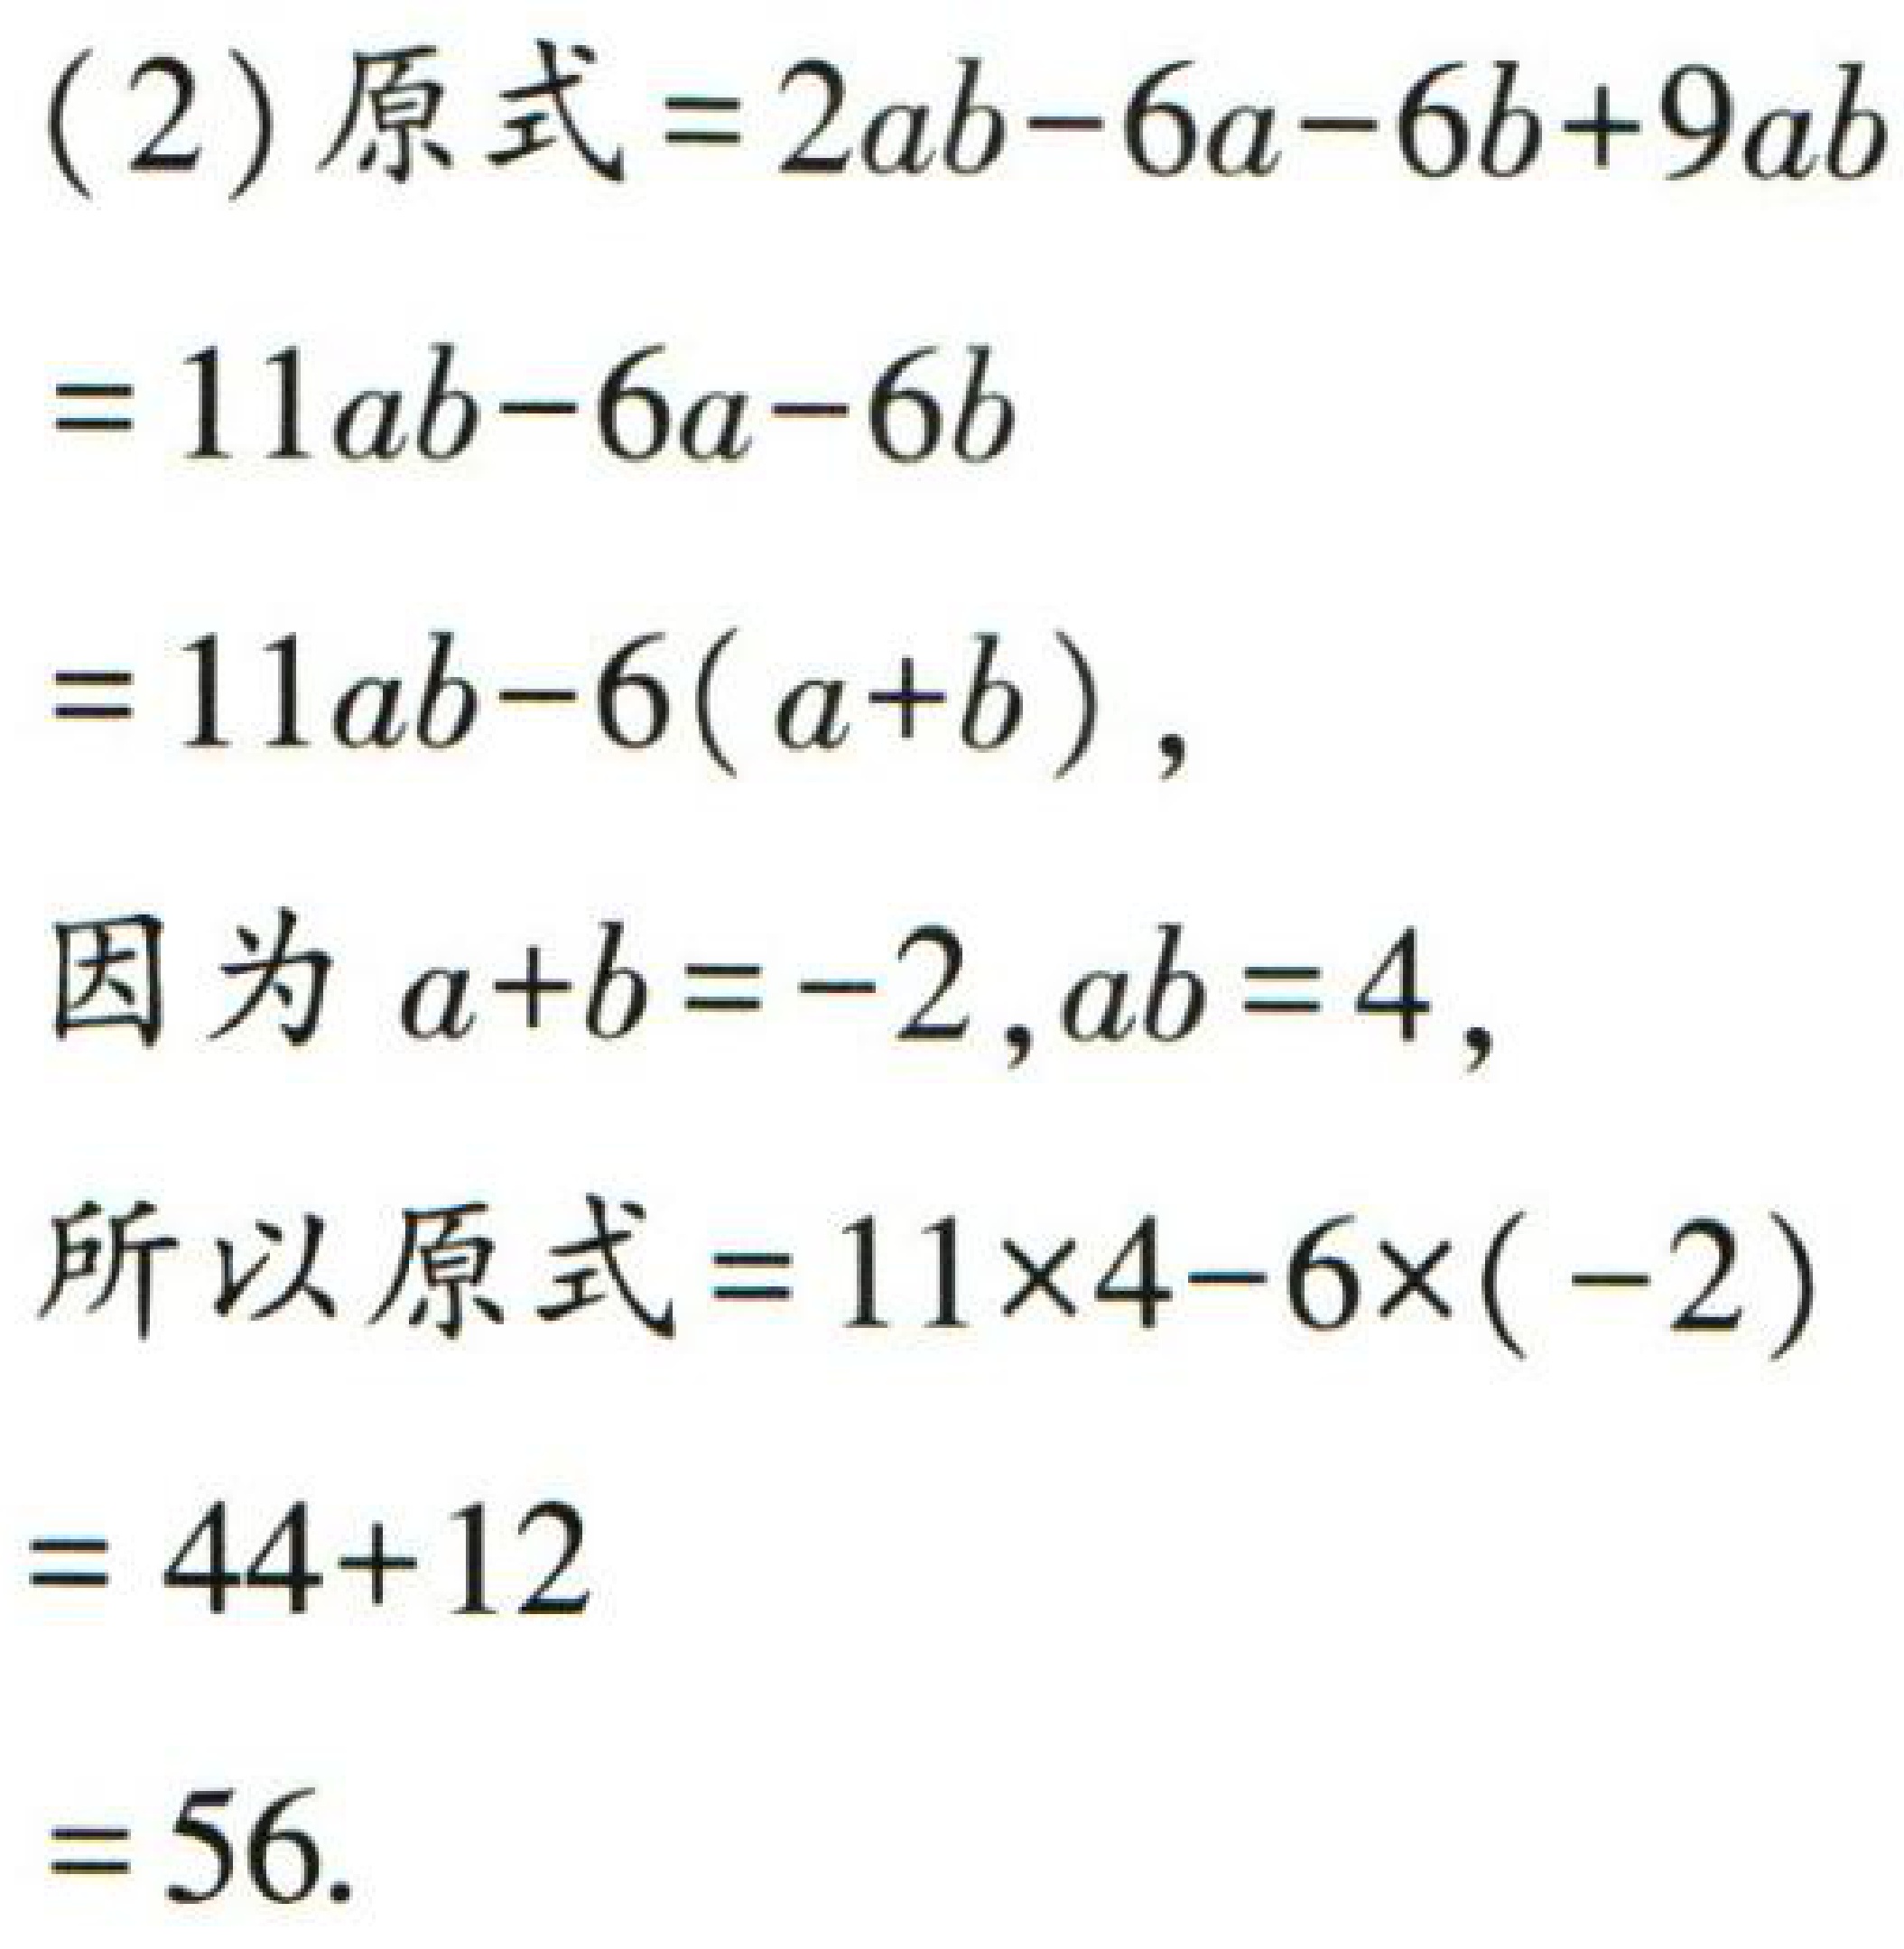
(2) 原式$=2ab - 6a - 6b + 9ab$

$=11ab - 6a - 6b$

$=11ab - 6(a + b)$，

因为$a + b = -2,ab = 4$，

所以原式$=11\times4 - 6\times(-2)$

$= 44 + 12$

$= 56$.